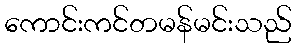
ကောင်းကင်တမန်မင်းသည်